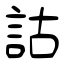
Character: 詁